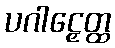
ပဂါဠှေတ္ထ